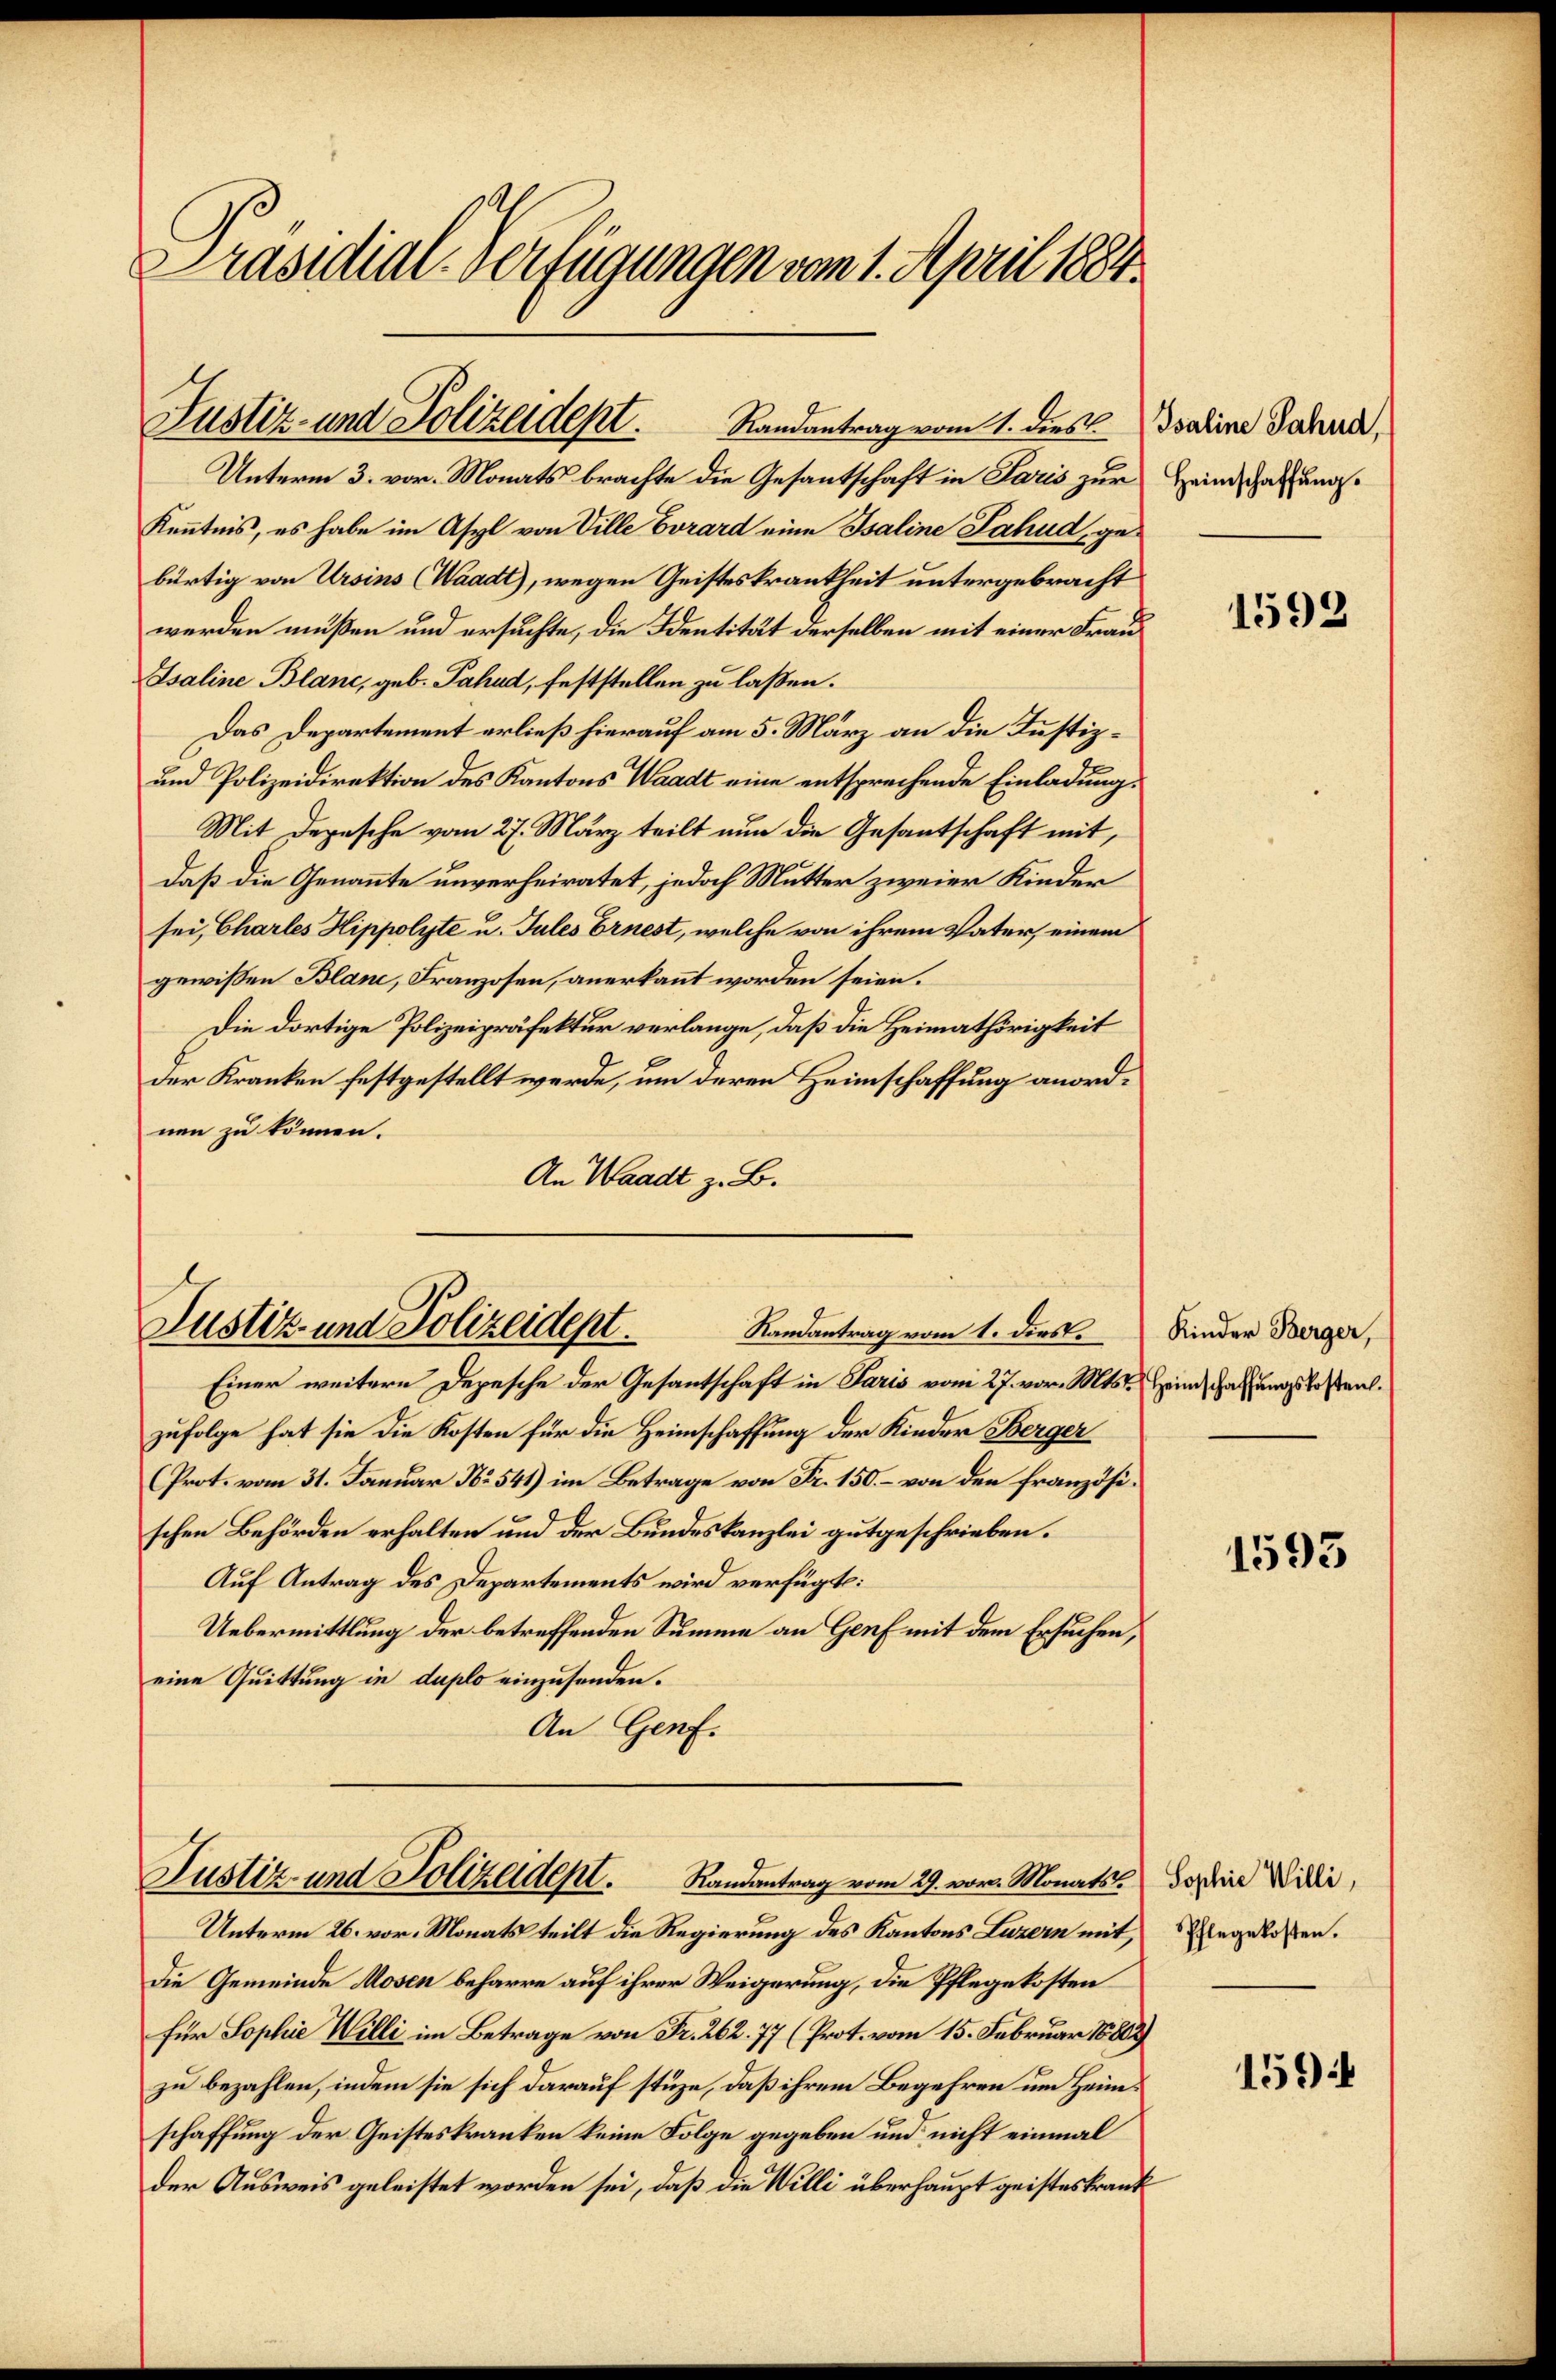
Präsidial-Verfügungen vom 1. April 1884.

Justiz- und Polizeidept.

Randantrag vom 1. dies
Unterm 3. vor. Monats brachte die Gesantschaft in Paris zur Heimschaftungs¬
Kenntnis, es habe im Asyl von Ville Evrard eine Isaline Lahud, gebürtig von Ursins (Waadt), wegen Geisteskrankheit untergebracht
werden müßen und ersuchte, die Identität derselben mit einer Frau
Isaline Blanc, geb. Fahnd, feststellen zu laßen.
Das Departement erließ hierauf am 5. März an die Justiz¬
und Polizeidirektion des Kantons Waadt eine entsprechende Einladung.
Mit Depesche vom 27. März teilt nun die Gesantschaft mit,
daß die Genannte unverheiratet, jedoch Mutter zweier Kinder
sei, Chartes Hippolyte u. Tules Ernest, welche von ihrem Vater, einem
gewissen Blanc, Franzosen, anerkannt worden seien.
Die dortige Polizeipräfektur verlange, daß die Heimathörigkeit
der Kranken festgestellt werde, um deren Heimschaffung anordnen zu können.
An Waadt z. B.

Justiz- und Polizeidept.
Randantrag vom 1. dies.

Justiz- und Polizeident. Randantrag vom 29. vom Monats dos die Willi,

Einer weitere Depesche der Gesantschaft in Paris vom 27. vor. Mts. Heimschaffungskostentzufolge hat sie die Kosten für die Heimschaffung der Kinder Berger
(Prot. vom 31. Januar No. 541) im Betrage von Fr. 150. – von den französischen Behörden erhalten und der Bundeskanzlei gutgeschrieben.
Auf Antrag des Departements wird verfügt:
Uebermittlung der betreffenden Summe an Genf mit dem Ersuchen,
eine Quittung in duplo einzusenden.
An Genf.

Isaline Jahnd,

Unterm 26. vor. Monats teilt die Regierung des Kantons Luzern mit,
Die Gemeinde Mosen beharre auf ihrer Weigerung, die Pflegekosten
Für Sophie Willi im Betrage von Fr. 262. 77 (Prot. vom 15. Februar 18802)
zu bezahlen, indem sie sich darauf stüze, daß ihrem Begehren um Heimschaffung der Geisteskranken keine Folge gegeben und nicht einmal
der Ausweis geleistet worden sei, daß die Willi überhaupt geisteskrank

1592

Kinder Berger,

1593

Pflegekosten.

1594